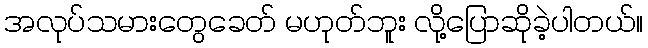
အလုပ်သမားတွေခေတ် မဟုတ်ဘူး လို့ပြောဆိုခဲ့ပါတယ်။